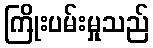
ကြိုးပမ်းမှုသည်